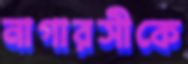
নাগারসীকে